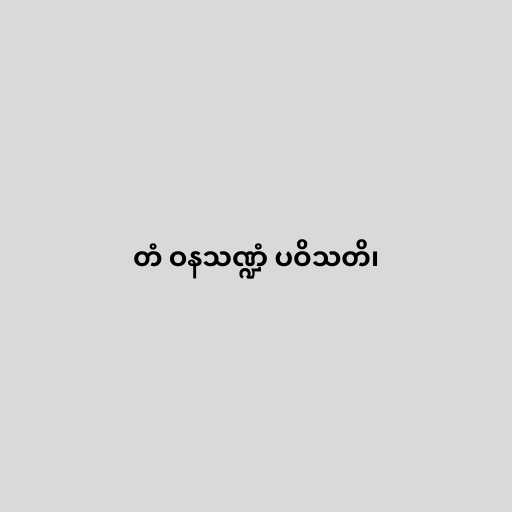
တံ ဝနသဏ္ဍံ ပဝိသတိ၊